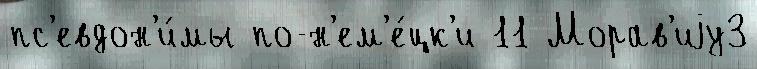
пс'евдон'и́мы по-н'ем'е́цк'и 11 Морав'иjу3